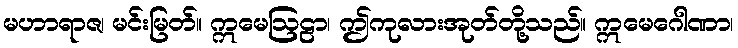
မဟာရာဇ၊ မင်းမြတ်။ ဣမေဩဠာ၊ ဤကုလားအုတ်တို့သည်။ ဣမေဂေါဏာ၊